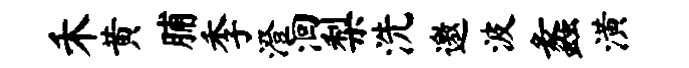
禾黄脯季澄洄梨洗邀波蠡潢